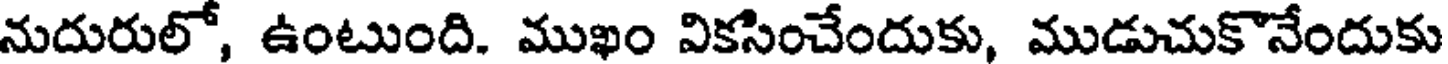
నుదురులో, ఉంటుంది. ముఖం వికసించేందుకు, ముడుచుకొనేందుకు